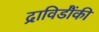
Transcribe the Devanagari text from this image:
द्राविडौंकी